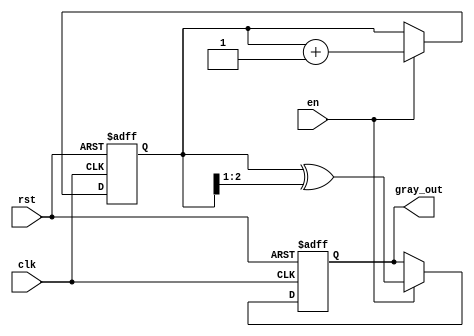
module gray_code_counter (
    input wire clk,        // Clock signal
    input wire rst,        // Reset signal
    input wire en,         // Enable signal
    output reg [2:0] gray_out // 3-bit Gray code output
);

reg [2:0] binary_count; // Internal binary counter

// Gray code conversion function
function [2:0] binary_to_gray;
    input [2:0] binary;
    begin
        binary_to_gray = binary ^ (binary >> 1);
    end
endfunction

// Sequential logic for the Gray code counter
always @(posedge clk or posedge rst) begin
    if (rst) begin
        // Reset the binary counter and Gray code output
        binary_count <= 3'b000;
        gray_out <= binary_to_gray(3'b000);
    end else if (en) begin
        // Increment the binary count
        binary_count <= binary_count + 1;
        // Convert to Gray code and update the output
        gray_out <= binary_to_gray(binary_count);
    end
end

endmodule